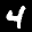
Label: 4